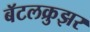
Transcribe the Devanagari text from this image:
बॅटलक्रुझर